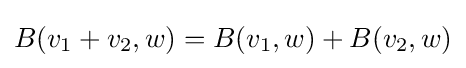
B(v_{1}+v_{2},w)=B(v_{1},w)+B(v_{2},w)